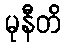
မုနီတိ